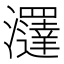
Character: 𤄢